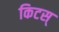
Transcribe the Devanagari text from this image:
किटस्